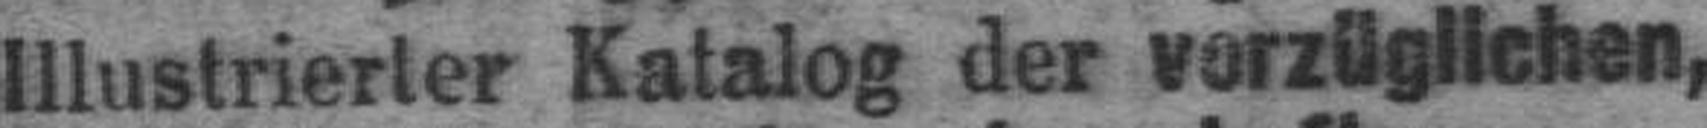
Illustrierter Katalog der vorzüglichen,